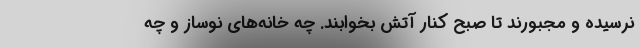
نرسيده و مجبورند تا صبح كنار آتش بخوابند. چه خانه‌هاي نوساز و چه